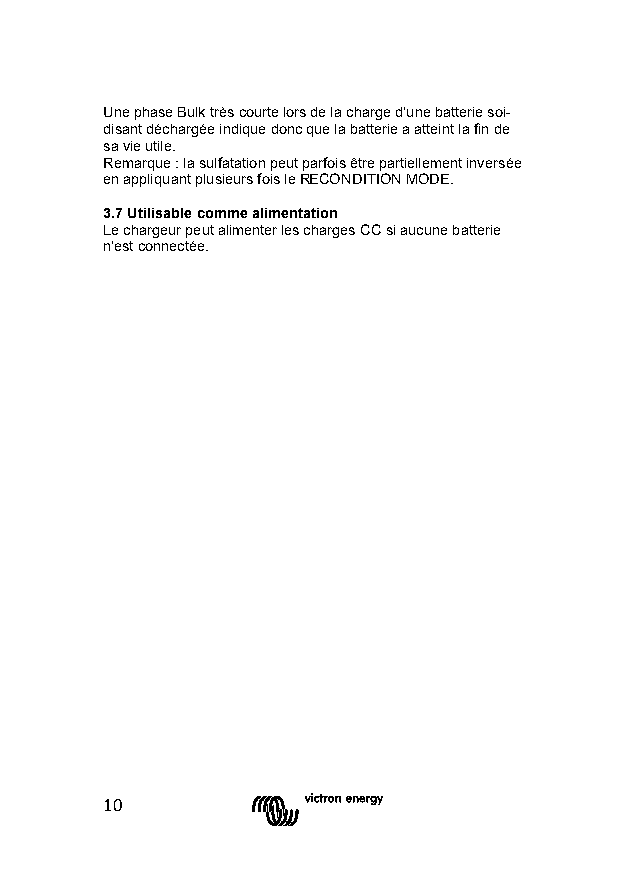
Une phase Bulk très courte lors de la charge d'une batterie soi-
 disant déchargée indique donc que la batterie a atteint la fin de
 sa vie utile.
 Remarque : la sulfatation peut parfois être partiellement inversée
 en appliquant plusieurs fois le RECONDITION MODE.
 3.7 Utilisable comme alimentation
 Le chargeur peut alimenter les charges CC si aucune batterie
 n'est connectée.
 10